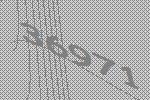
36971